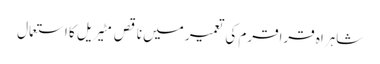
شاہراہ قراقرم کی تعمیر میں ناقص مٹیریل کا استعمال